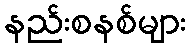
နည်းစနစ်များ